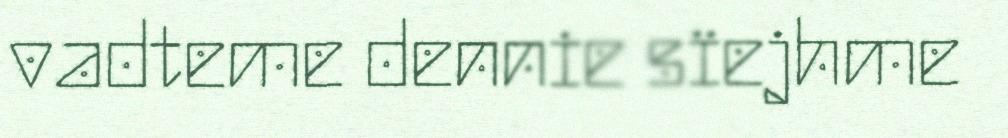
vadteme dennie sïejhme